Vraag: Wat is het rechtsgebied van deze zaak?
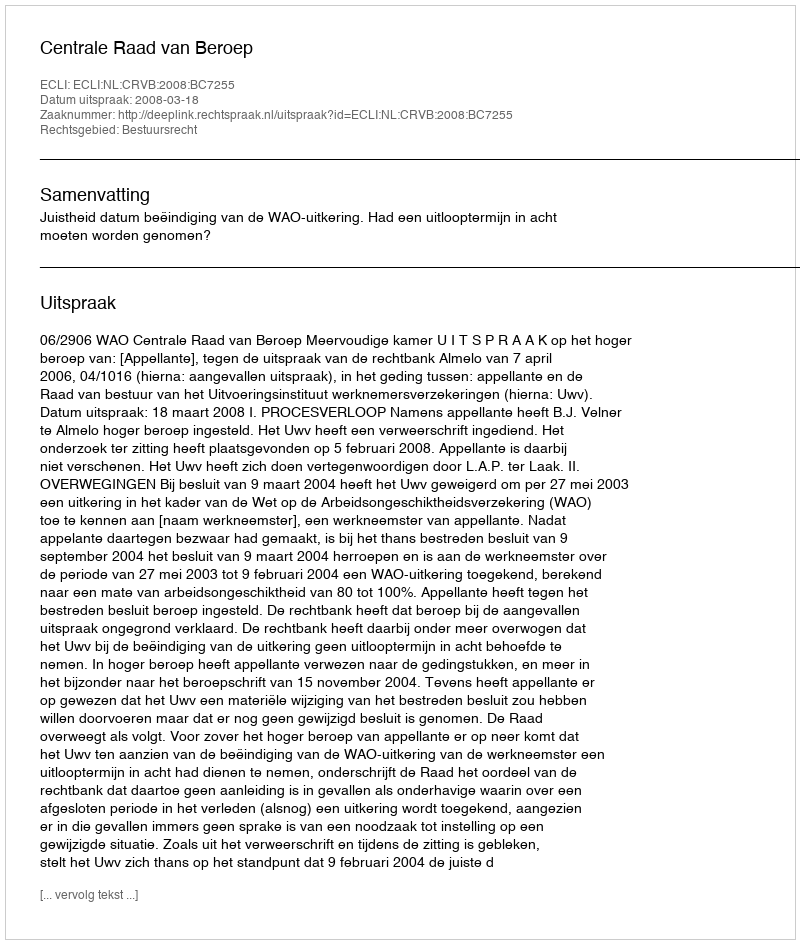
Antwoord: Bestuursrecht